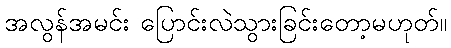
အလွန်အမင်း ပြောင်းလဲသွားခြင်းတော့မဟုတ်။